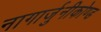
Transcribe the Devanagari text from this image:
नागार्जुनीकोण्ड